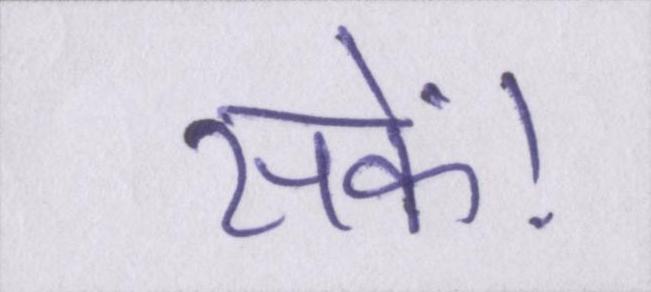
सकें।